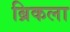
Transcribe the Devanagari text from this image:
ब्रिकला